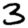
Digit: 3